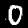
Digit: 0